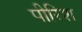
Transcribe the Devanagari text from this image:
पीरिश